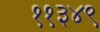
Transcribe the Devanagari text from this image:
११३४९